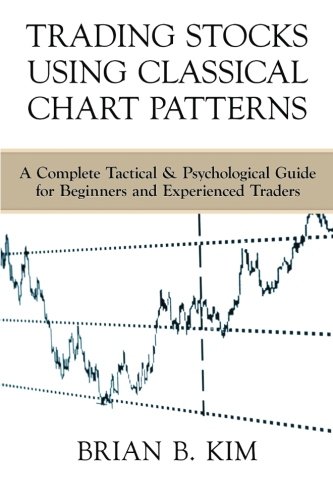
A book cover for Trading Stocks Using Classical Chart Patterns: A Complete Tactical & Psychological Guide for Beginners and Experienced Traders; Brian B Kim; Business & Money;